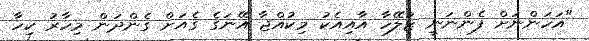
"އަހަންނަށް ފެންނަނީ ޒުލޭހާ އާއިއެކު މިކުއްޖާ އޭނަގެ ގެއަށް ގެންދަން މިހާރު ކިހާ